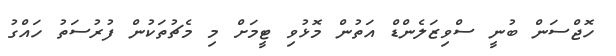
ހޮޖްސަން ބުނީ ސްވިޒަލެންޑް އަތުން މޮޅުވި ޓީމަށް މި މެޗުތަކުން ފުރުސަތު ހައްގު